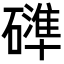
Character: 𮁍